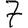
Digit: 7